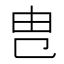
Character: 㕀